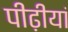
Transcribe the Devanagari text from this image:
पीढ़ीयां